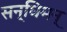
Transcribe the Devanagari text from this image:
सन्धिमन्